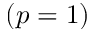
( p = 1 )